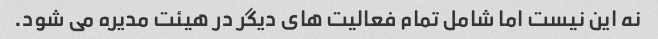
نه این نیست اما شامل تمام فعالیت های دیگر در هیئت مدیره می شود.